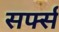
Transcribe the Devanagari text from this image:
सर्फ्स